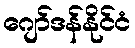
ဂျော်ဒန်နိုင်ငံ